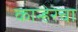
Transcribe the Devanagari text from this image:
कान्हेरेचा